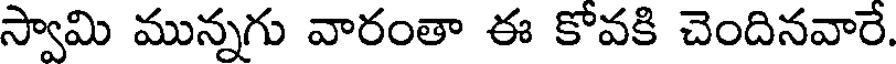
స్వామి మున్నగు వారంతా ఈ కోవకి చెందినవారే.